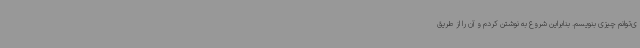
ی‌توانم چیزی بنویسم. بنابراین شروع به نوشتن کردم و آن را از طریق